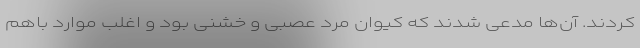
کردند. آن‌ها مدعی شدند که کیوان مرد عصبی و خشنی بود و اغلب موارد باهم